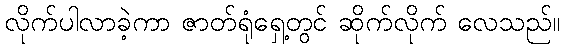
လိုက်ပါလာခဲ့ကာ ဇာတ်ရုံရှေ့တွင် ဆိုက်လိုက် လေသည်။